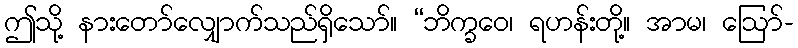
ဤသို့ နားတော်လျှောက်သည်ရှိသော်။ “ဘိက္ခဝေ၊ ရဟန်းတို့။ အာမ၊ ဩော်-